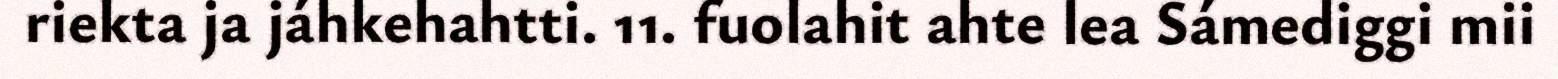
riekta ja jáhkehahtti. 11. fuolahit ahte lea Sámediggi mii